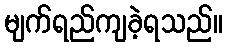
မျက်ရည်ကျခဲ့ရသည်။